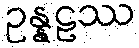
ဥန္နဠဿ